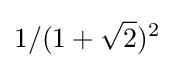
1/(1+{\sqrt {2}})^{2}